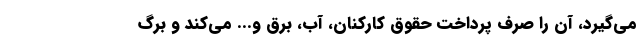
می‌گیرد، آن را صرف پرداخت حقوق کارکنان، آب، برق و... می‌کند و برگ